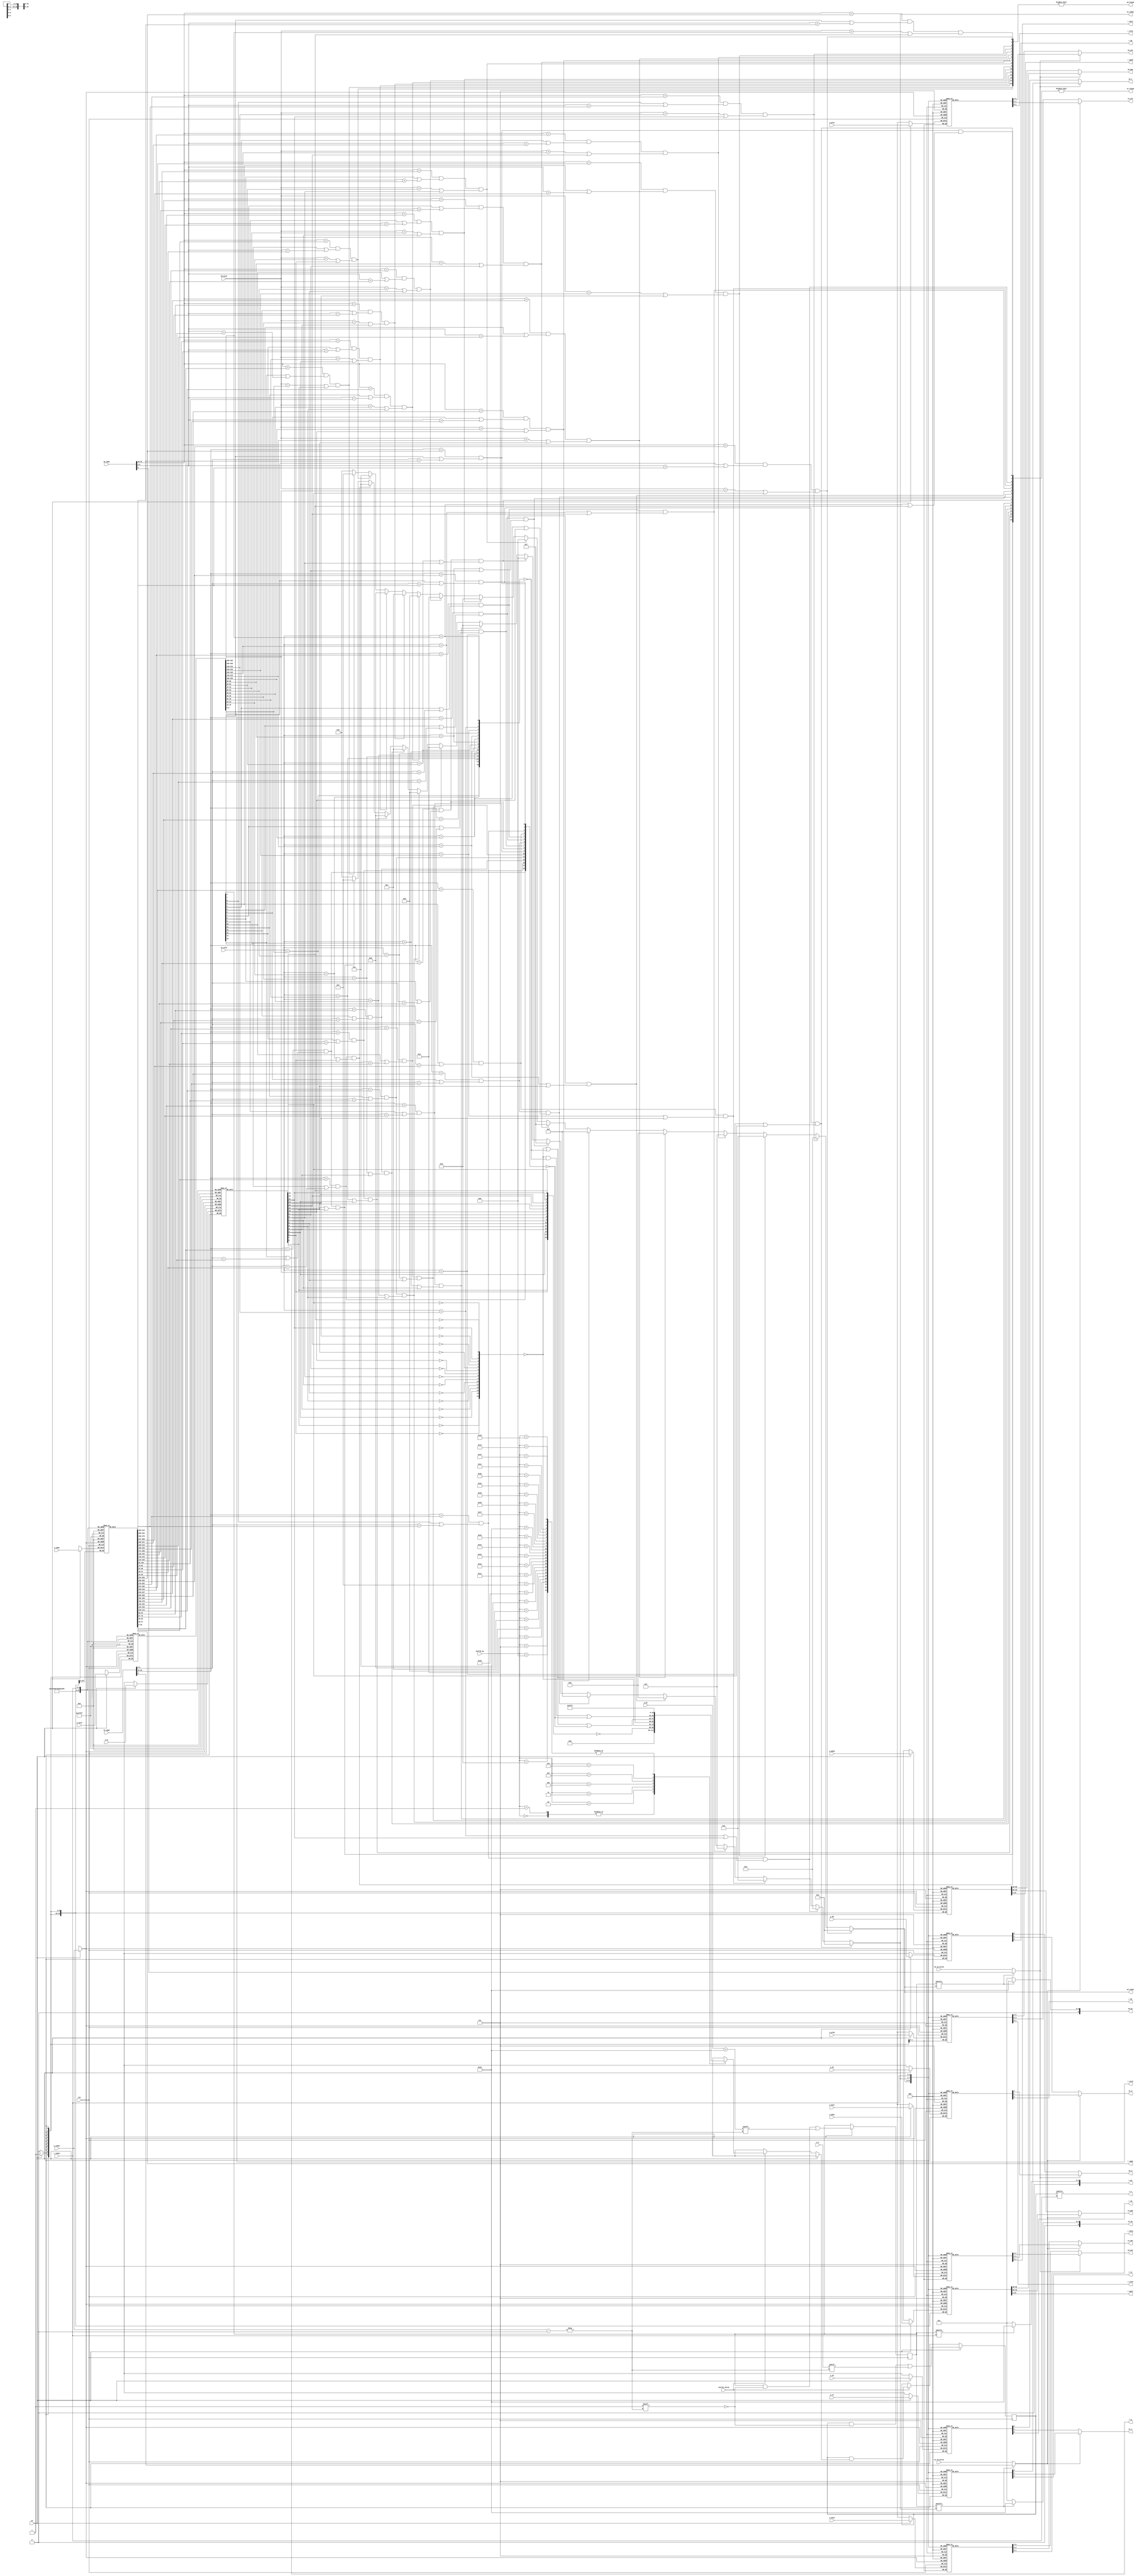
module tlb #(
    parameter TLBNUM = 16
)
(
    input  wire clk,
    
    input  wire [              18:0] s0_vppn,
    input  wire                      s0_va_bit12,
    input  wire [               9:0] s0_asid,
    output wire                      s0_found,
    output wire [$clog2(TLBNUM)-1:0] s0_index,
    output wire [              19:0] s0_ppn,
    output wire [               5:0] s0_ps,
    output wire [               1:0] s0_plv,
    output wire [               1:0] s0_mat,
    output wire                      s0_d,
    output wire                      s0_v,
    input  wire [              18:0] s1_vppn,
    input  wire                      s1_va_bit12,
    input  wire [               9:0] s1_asid,
    output wire                      s1_found,
    output wire [$clog2(TLBNUM)-1:0] s1_index,
    output wire [              19:0] s1_ppn,
    output wire [               5:0] s1_ps,
    output wire [               1:0] s1_plv,
    output wire [               1:0] s1_mat,
    output wire                      s1_d,
    output wire                      s1_v,

    input  wire                      invtlb_valid,
    input  wire [               4:0] invtlb_op,

    input  wire                      we, //w(rite) e(nable)
    input  wire [$clog2(TLBNUM)-1:0] w_index,
    input  wire                      w_e,
    input  wire [              18:0] w_vppn,
    input  wire [               5:0] w_ps,
    input  wire [               9:0] w_asid,
    input  wire                      w_g,
    input  wire [              19:0] w_ppn0,
    input  wire [               1:0] w_plv0,
    input  wire [               1:0] w_mat0,
    input  wire                      w_d0,
    input  wire                      w_v0,
    input  wire [              19:0] w_ppn1,
    input  wire [               1:0] w_plv1,
    input  wire [               1:0] w_mat1,
    input  wire                      w_d1,
    input  wire                      w_v1,

    input  wire [$clog2(TLBNUM)-1:0] r_index,
    output wire                      r_e,
    output wire [              18:0] r_vppn,
    output wire [               5:0] r_ps,
    output wire [               9:0] r_asid,
    output wire                      r_g,
    output wire [              19:0] r_ppn0,
    output wire [               1:0] r_plv0,
    output wire [               1:0] r_mat0,
    output wire                      r_d0,
    output wire                      r_v0,
    output wire [              19:0] r_ppn1,
    output wire [               1:0] r_plv1,
    output wire [               1:0] r_mat1,
    output wire                      r_d1,
    output wire                      r_v1
);


reg [TLBNUM-1:0] tlb_e;
reg [TLBNUM-1:0] tlb_ps4MB; //pagesize 1:4MB, 0:4KB
reg [18:0] tlb_vppn [TLBNUM-1:0];
reg [ 9:0] tlb_asid [TLBNUM-1:0];
reg        tlb_g    [TLBNUM-1:0];

reg [19:0] tlb_ppn0 [TLBNUM-1:0];
reg [ 1:0] tlb_plv0 [TLBNUM-1:0];
reg [ 1:0] tlb_mat0 [TLBNUM-1:0];
reg        tlb_d0   [TLBNUM-1:0];
reg        tlb_v0   [TLBNUM-1:0];
wire s0_page;
reg [19:0] tlb_ppn1 [TLBNUM-1:0];
reg [ 1:0] tlb_plv1 [TLBNUM-1:0];
reg [ 1:0] tlb_mat1 [TLBNUM-1:0];
reg        tlb_d1   [TLBNUM-1:0];
reg        tlb_v1   [TLBNUM-1:0];
wire s1_page;

//---------查找-----------
//match
wire [TLBNUM-1:0] match0;
wire [TLBNUM-1:0] match1;
genvar i;
generate
    for (i = 0; i < TLBNUM; i = i + 1) begin : x
        assign match0[i] = (s0_vppn[18:10]==tlb_vppn[i][18:10])
                            && (tlb_ps4MB[i] || s0_vppn[9:0]==tlb_vppn[i][9:0])
                            && ((s0_asid==tlb_asid[i]) || tlb_g[i]);
        assign match1[i] = (s1_vppn[18:10]==tlb_vppn[i][18:10])
                            && (tlb_ps4MB[i] || s1_vppn[9:0]==tlb_vppn[i][9:0])
                            && ((s1_asid==tlb_asid[i]) || tlb_g[i]);
    end
endgenerate

assign s0_found = match0 != 16'd0;
assign s1_found = match1 != 16'd0;

assign s0_index =  match0[ 1] ? 4'd1  :
                    match0[ 2] ? 4'd2  :
                    match0[ 3] ? 4'd3  :
                    match0[ 4] ? 4'd4  :
                    match0[ 5] ? 4'd5  :
                    match0[ 6] ? 4'd6  :
                    match0[ 7] ? 4'd7  :
                    match0[ 8] ? 4'd8  :
                    match0[ 9] ? 4'd9  :
                    match0[10] ? 4'd10 :
                    match0[11] ? 4'd11 :
                    match0[12] ? 4'd12 :
                    match0[13] ? 4'd13 :
                    match0[14] ? 4'd14 :
                    match0[15] ? 4'd15 :
                    4'd0;
assign s1_index =  match1[ 1] ? 4'd1  :
                    match1[ 2] ? 4'd2  :
                    match1[ 3] ? 4'd3  :
                    match1[ 4] ? 4'd4  :
                    match1[ 5] ? 4'd5  :
                    match1[ 6] ? 4'd6  :
                    match1[ 7] ? 4'd7  :
                    match1[ 8] ? 4'd8  :
                    match1[ 9] ? 4'd9  :
                    match1[10] ? 4'd10 :
                    match1[11] ? 4'd11 :
                    match1[12] ? 4'd12 :
                    match1[13] ? 4'd13 :
                    match1[14] ? 4'd14 :
                    match1[15] ? 4'd15 :
                    4'd0;

assign s0_page = tlb_ps4MB[s0_index] ? s0_vppn[9] : s0_va_bit12;
assign s0_ps = tlb_ps4MB[s0_index] ? 6'd22 : 6'd12;
assign s0_ppn = s0_page ? tlb_ppn1[s0_index] : tlb_ppn0[s0_index];
assign s0_plv = s0_page ? tlb_plv1[s0_index] : tlb_plv0[s0_index];
assign s0_mat = s0_page ? tlb_mat1[s0_index] : tlb_mat0[s0_index];
assign s0_d = s0_page ? tlb_d1  [s0_index] : tlb_d0  [s0_index];
assign s0_v = s0_page ? tlb_v1  [s0_index] : tlb_v0  [s0_index];


assign s1_page = tlb_ps4MB[s1_index] ? s1_vppn[9] : s1_va_bit12;
assign s1_ps = tlb_ps4MB[s1_index] ? 6'd22 : 6'd12;
assign s1_ppn = s1_page ? tlb_ppn1[s1_index] : tlb_ppn0[s1_index];
assign s1_plv = s1_page ? tlb_plv1[s1_index] : tlb_plv0[s1_index];
assign s1_mat = s1_page ? tlb_mat1[s1_index] : tlb_mat0[s1_index];
assign s1_d = s1_page ? tlb_d1  [s1_index] : tlb_d0  [s1_index];
assign s1_v = s1_page ? tlb_v1  [s1_index] : tlb_v0  [s1_index];

//---------写入-----------
wire [TLBNUM-1:0] mask [31:0];
integer j;
always @ (posedge clk) begin
    if (we) begin
        tlb_e      [w_index] <= w_e;
        tlb_ps4MB  [w_index] <= (w_ps == 6'd22);
        tlb_vppn   [w_index] <= w_vppn;
        tlb_asid   [w_index] <= w_asid;
        tlb_g      [w_index] <= w_g;
        tlb_ppn0   [w_index] <= w_ppn0;
        tlb_plv0   [w_index] <= w_plv0;
        tlb_mat0   [w_index] <= w_mat0;
        tlb_d0     [w_index] <= w_d0;
        tlb_v0     [w_index] <= w_v0;
        tlb_ppn1   [w_index] <= w_ppn1;
        tlb_plv1   [w_index] <= w_plv1;
        tlb_mat1   [w_index] <= w_mat1;
        tlb_d1     [w_index] <= w_d1;
        tlb_v1     [w_index] <= w_v1;
    end else if(invtlb_valid) begin
        tlb_e <= tlb_e & mask[invtlb_op];//使用掩码实现E的无效化
    end 
end

//---------INVTLB-----------
wire [TLBNUM-1:0] cond1;
wire [TLBNUM-1:0] cond2;
wire [TLBNUM-1:0] cond3;
wire [TLBNUM-1:0] cond4;
wire [TLBNUM-1:0] mask [31:0];
generate
    for (i = 0;i < TLBNUM;i = i + 1) begin : y
       assign cond1[i] = ~tlb_g[i];
       assign cond2[i] =  tlb_g[i];
       assign cond3[i] = s1_asid == tlb_asid[i];
       assign cond4[i] = (s1_vppn[18:10] == tlb_vppn[i][18:10])&&(tlb_ps4MB[i]||(s1_vppn[9:0] == tlb_vppn[i][9:0]));
    end
endgenerate
assign mask[0] = 16'd0;  
assign mask[1] = 16'd0;
assign mask[2] = ~cond2;
assign mask[3] = ~cond1;
assign mask[4] = ~cond1 | ~cond3;
assign mask[5] = ~cond1 | ~cond3 | ~cond4;
assign mask[6] = ~cond1 & ~cond3 | ~cond4;
generate
    for (i = 7; i < 32; i = i + 1) begin : z
        assign mask[i] = 16'hffff;
    end
endgenerate

//---------读取-----------
assign r_e    = tlb_e    [r_index];
assign r_vppn = tlb_vppn [r_index];
assign r_ps   = tlb_ps4MB[r_index] ? 6'd22 : 6'd12;
assign r_asid = tlb_asid [r_index];
assign r_g    = tlb_g    [r_index];
assign r_ppn0 = tlb_ppn0 [r_index];
assign r_plv0 = tlb_plv0 [r_index];
assign r_mat0 = tlb_mat0 [r_index];
assign r_d0   = tlb_d0   [r_index];
assign r_v0   = tlb_v0   [r_index];
assign r_ppn1 = tlb_ppn1 [r_index];
assign r_plv1 = tlb_plv1 [r_index];
assign r_mat1 = tlb_mat1 [r_index];
assign r_d1   = tlb_d1   [r_index];
assign r_v1   = tlb_v1   [r_index];

endmodule